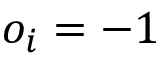
o _ { i } = - 1